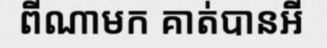
ពីណាមក គាត់បានអី